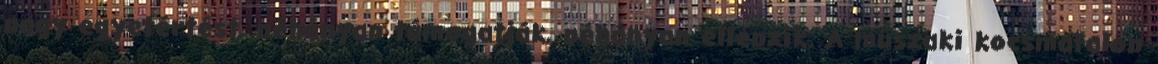
nagy egyetértést, néhányan támogatják, néhányan ellenzik. A műszaki kocsmafalon